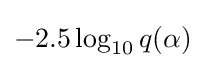
-2.5\log _{10}{q(\alpha )}